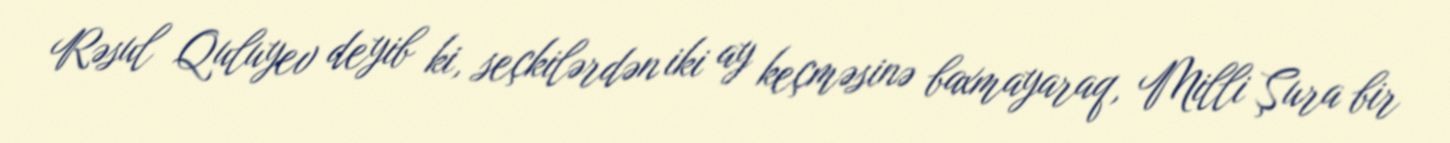
Rəsul Quluyev deyib ki, seçkilərdən iki ay keçməsinə baxmayaraq, Milli Şura bir